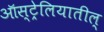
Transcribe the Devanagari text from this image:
ऑस्ट्रेलियातील्